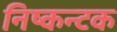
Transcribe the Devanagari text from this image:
निष्कन्टक